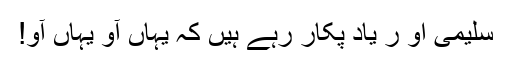
سلیمی او ر یاد پکار رہے ہیں کہ یہاں آو یہاں آو!